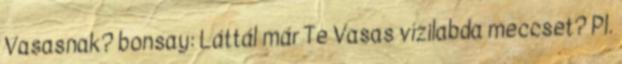
Vasasnak? bonsay: Láttál már Te Vasas vízilabda meccset? Pl.